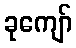
ခုကျော်